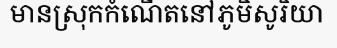
មានស្រុកកំណើតនៅភូមិសូរិយា